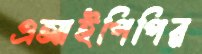
এআইপিপির